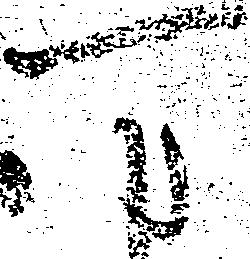
万